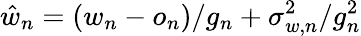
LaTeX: \hat{w}_{n}=(w_{n}-o_{n})/g_{n}+\sigma_{w,n}^{2}/g_{n}^{2}